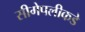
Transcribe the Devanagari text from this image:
सीमेपलीकडे